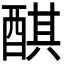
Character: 𨡨